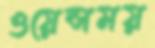
ওয়েন্সময়